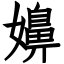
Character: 嬶